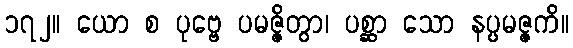
၁၇၂။ ယော စ ပုဗ္ဗေ ပမဇ္ဇိတွာ၊ ပစ္ဆာ သော နပ္ပမဇ္ဇကိ။